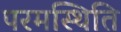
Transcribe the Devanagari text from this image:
परमस्थिति